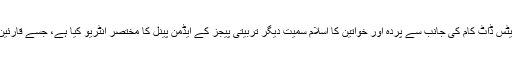
یہ جاننے کے لیے کراچی اپڈیٹس ڈاٹ کام کی جانب سے پردہ اور خواتین کا اسلام سمیت دیگر تربیتی پیجز کے ایڈمن پینل کا مختصر انٹریو کیا ہے، جسے قارئین کے لیے پیش کیا جارہا ہے۔